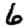
Digit: 6